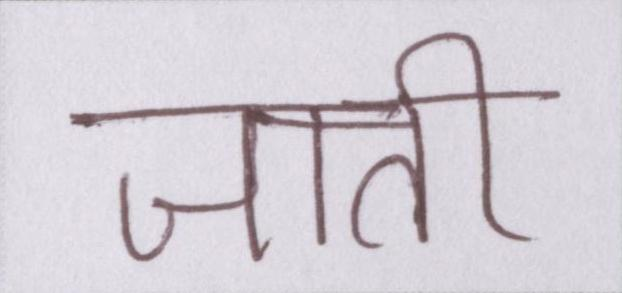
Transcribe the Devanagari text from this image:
जाती